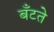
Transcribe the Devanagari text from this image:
बँटते